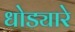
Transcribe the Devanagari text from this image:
धोड्यारे